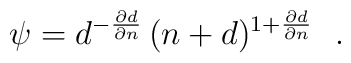
\psi=\displaystyle{d^{-\frac{\partial d}{\partial n}} \,(n+d)^{1+\frac{\partial d}{\partial n}}}  \ \ .